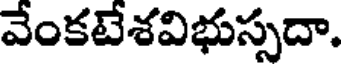
వేంకటేశవిభుస్సదా.